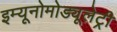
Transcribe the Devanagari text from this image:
इम्यूनोमोड्यूलेट्री